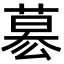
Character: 𮐋